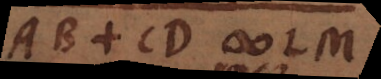
AB + CD LM